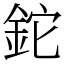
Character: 鉈